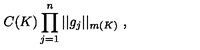
C ( K ) \prod _ { j = 1 } ^ { n } | | g _ { j } | | _ { m ( K ) } \ ,